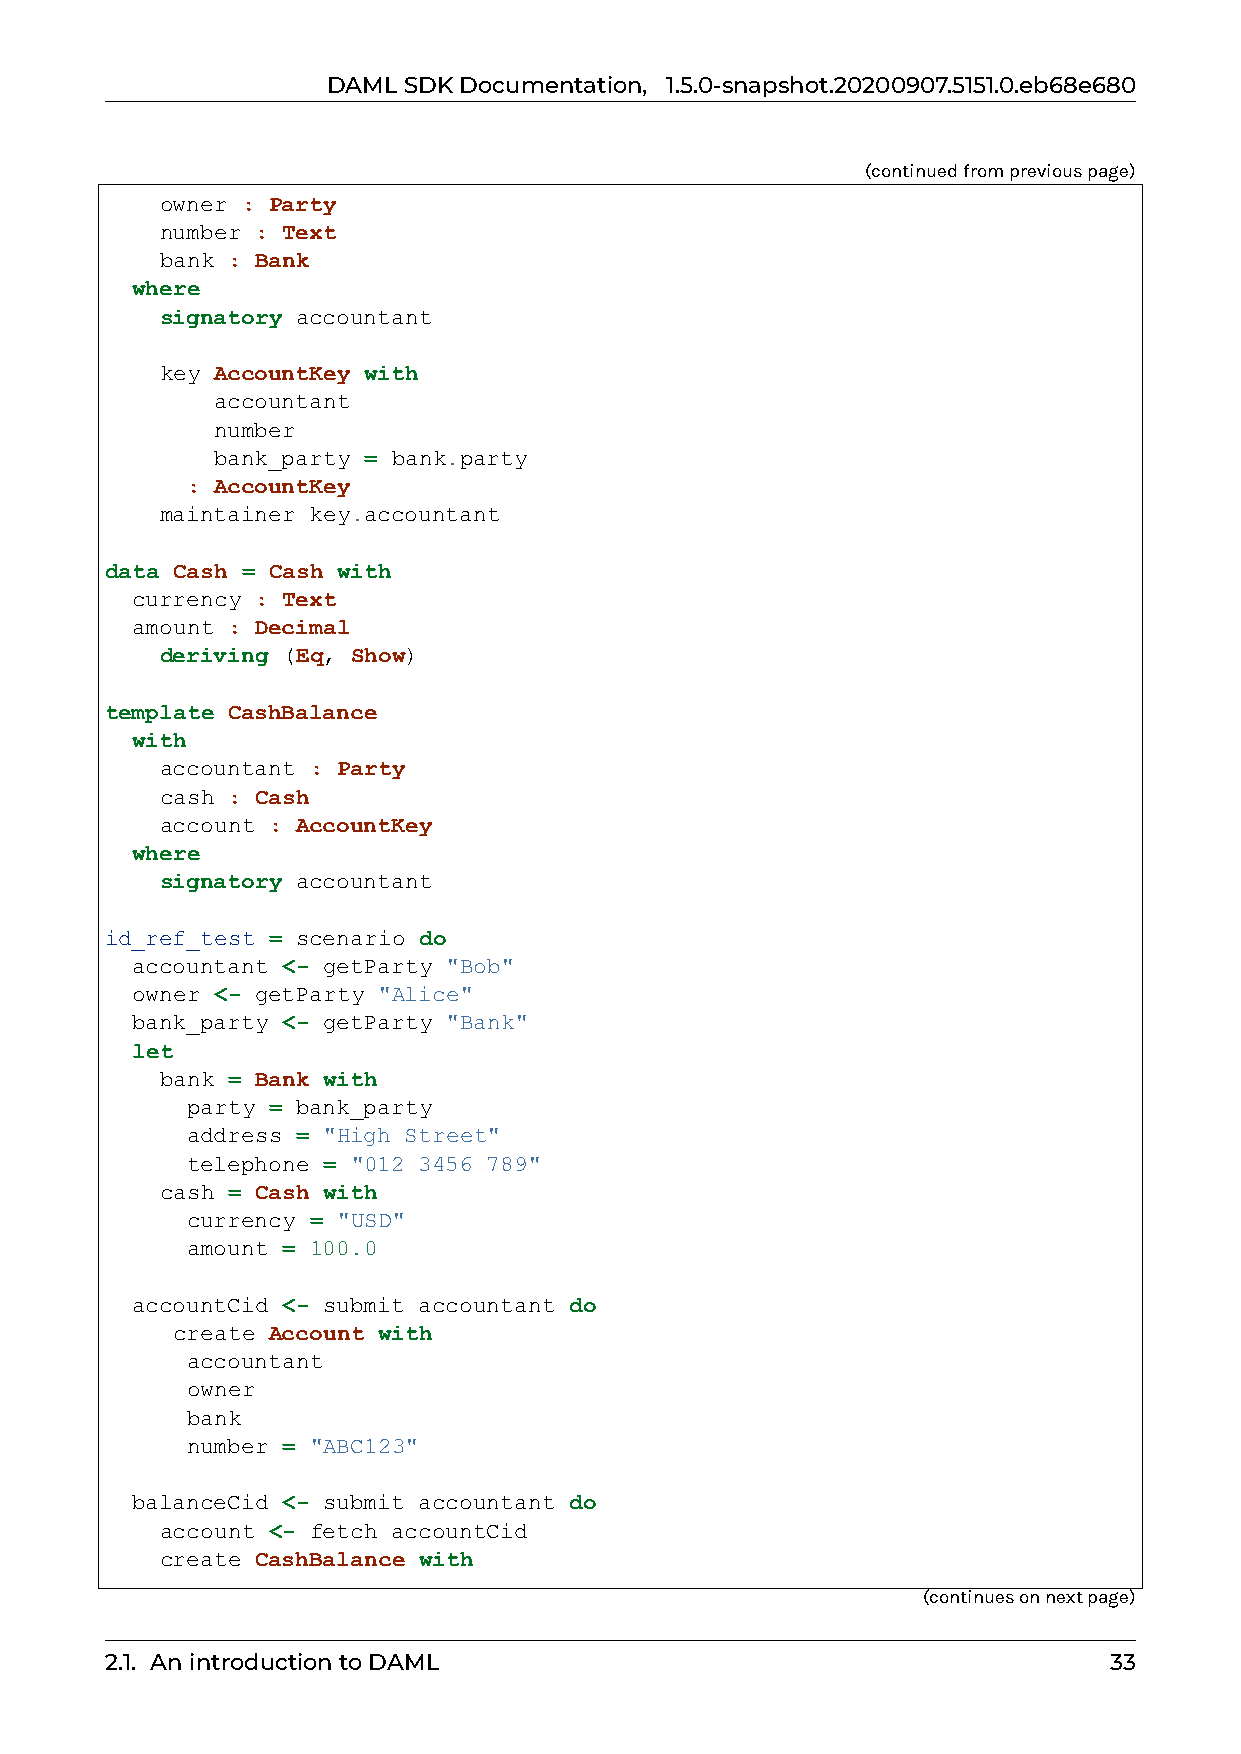
DAMLSDKDocumentation, 1.5.0-snapshot.20200907.5151.0.eb68e680
 (continuedfrompreviouspage)
 owner : Party
 number : Text
 bank : Bank
 where
 signatory accountant
 key AccountKey with
 accountant
 number
 bank_party = bank.party
 : AccountKey
 maintainer key.accountant
 data Cash = Cash with
 currency : Text
 amount : Decimal
 deriving (Eq, Show)
 template CashBalance
 with
 accountant : Party
 cash : Cash
 account : AccountKey
 where
 signatory accountant
 id_ref_test = scenario do
 accountant <- getParty "Bob"
 owner <- getParty "Alice"
 bank_party <- getParty "Bank"
 let
 bank = Bank with
 party = bank_party
 address = "High Street"
 telephone = "012 3456 789"
 cash = Cash with
 currency = "USD"
 amount = 100.0
 accountCid <- submit accountant do
 create Account with
 accountant
 owner
 bank
 number = "ABC123"
 balanceCid <- submit accountant do
 account <- fetch accountCid
 create CashBalance with
 (continuesonnextpage)
 2.1. AnintroductiontoDAML                                         33